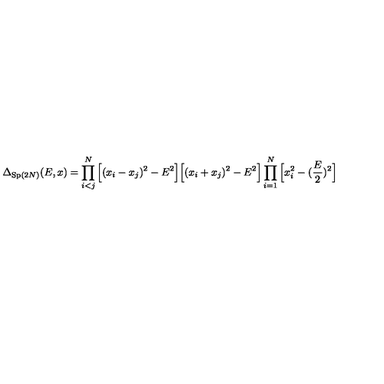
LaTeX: \Delta _ { \mathrm { S p } ( 2 N ) } ( E , x ) = \prod _ { i < j } ^ { N } \Big [ ( x _ { i } - x _ { j } ) ^ { 2 } - E ^ { 2 } \Big ] \Big [ ( x _ { i } + x _ { j } ) ^ { 2 } - E ^ { 2 } \Big ] \prod _ { i = 1 } ^ { N } \Big [ x _ { i } ^ { 2 } - ( \frac { E } { 2 } ) ^ { 2 } \Big ]